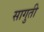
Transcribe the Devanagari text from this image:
सागुती